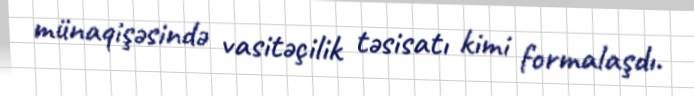
münaqişəsində vasitəçilik təsisatı kimi formalaşdı.